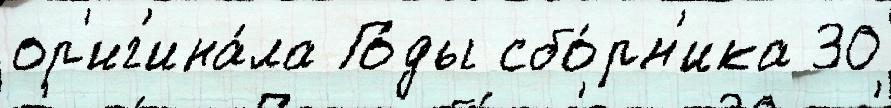
ор'иг'ина́ла Го́ды сбо́рн'ика 30